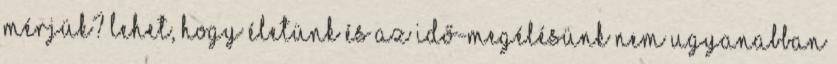
mérjük? Lehet, hogy életünk és az idő-megélésünk nem ugyanabban